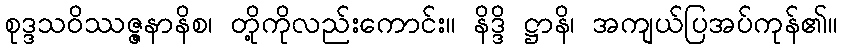
စုဒ္ဒသဝိဿဇ္ဇနာနိစ၊ တို့ကိုလည်းကောင်း။ နိဒ္ဒိ ဋ္ဌာနိ၊ အကျယ်ပြအပ်ကုန်၏။